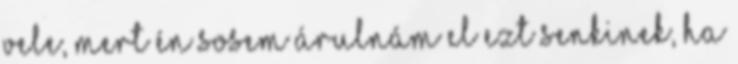
vele, mert én sosem árulnám el ezt senkinek, ha